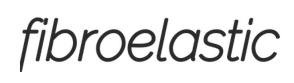
fibroelastic